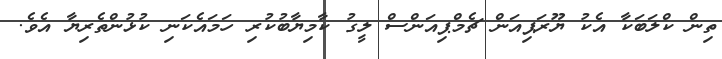
ތިން ކްލަބަކާ އެކު ޔޫރަޕިއަން ޗެމްޕިއަންސް ލީގު ކާމިޔާބުކުރި ހަމައެކަނި ކުޅުންތެރިޔާ އެވެ.